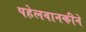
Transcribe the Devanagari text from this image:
पहेलवानकीने